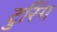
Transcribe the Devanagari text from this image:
टुरिंग